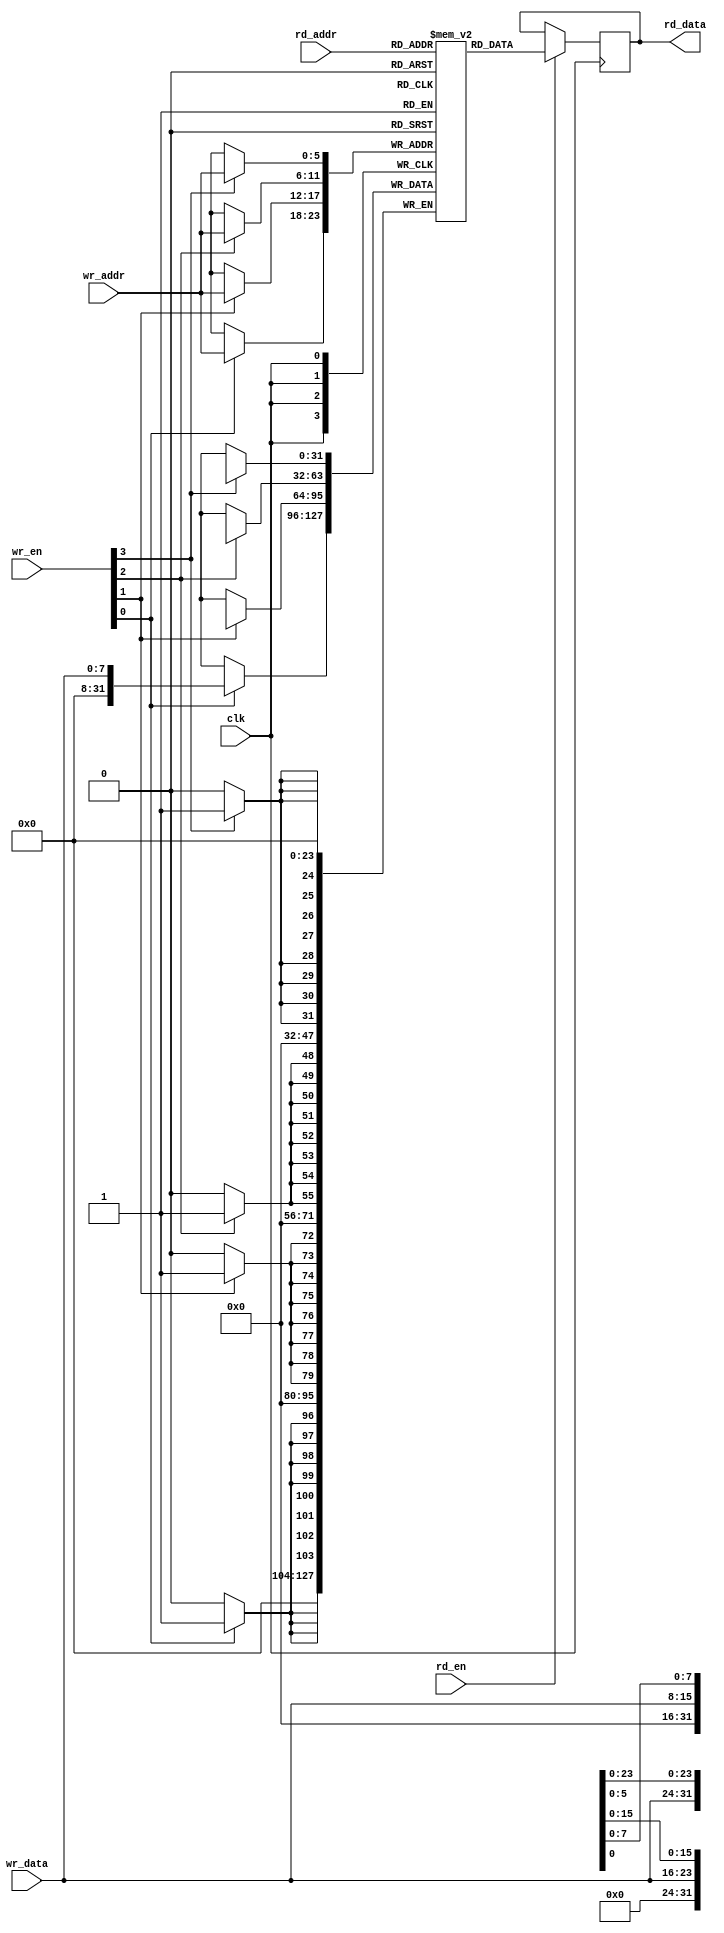
`timescale 1ns / 1ps

module block_ram_multi_word #(
    parameter DATA_WIDTH      = 8,
    parameter DEPTH           = 64,
    parameter NUM_WORDS       = 4,
    parameter RAM_STYLE       = "auto",
    parameter OUTPUT_REGISTER = "false"
)(
    output [DATA_WIDTH*NUM_WORDS-1:0] rd_data,
    input  [DATA_WIDTH-1:0]           wr_data,
    input  [$clog2(DEPTH)-1:0]        rd_addr,
    input  [$clog2(DEPTH)-1:0]        wr_addr,
    input  [NUM_WORDS-1:0]            wr_en,
    input                             rd_en,
    input                             clk
);

    (* ram_style = RAM_STYLE *) reg [DATA_WIDTH*NUM_WORDS-1:0] ram[0:DEPTH-1];

    // Write port
    genvar i;

    generate
        for (i = 0; i < NUM_WORDS; i = i + 1) begin : gen0
            always @ (posedge clk) begin
                if (wr_en[i]) begin
                    ram[wr_addr][(i+1)*DATA_WIDTH-1:i*DATA_WIDTH] <= wr_data;
                end
            end
        end
    endgenerate

    // Read port
    reg [DATA_WIDTH*NUM_WORDS-1:0] rd_data_reg;

    always @ (posedge clk) begin
        if (rd_en) begin
            rd_data_reg <= ram[rd_addr];
        end
        else begin
            rd_data_reg <= rd_data_reg;
        end
    end

    // Output
    generate
        if (OUTPUT_REGISTER == "true") begin : gen1
            reg [DATA_WIDTH*NUM_WORDS-1:0] rd_data_reg_2;

            always @ (posedge clk) begin
                rd_data_reg_2 <= rd_data_reg;
            end

            assign rd_data = rd_data_reg_2;
        end

        else if (OUTPUT_REGISTER == "false") begin : gen2
            assign rd_data = rd_data_reg;
        end
    endgenerate

endmodule